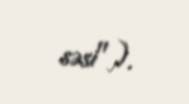
səsi").